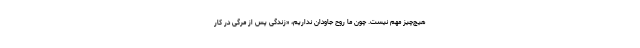
هیچ‌چیز مهم نیست. چون ما روح جاودان نداریم، «زندگی پس از مرگی در کار